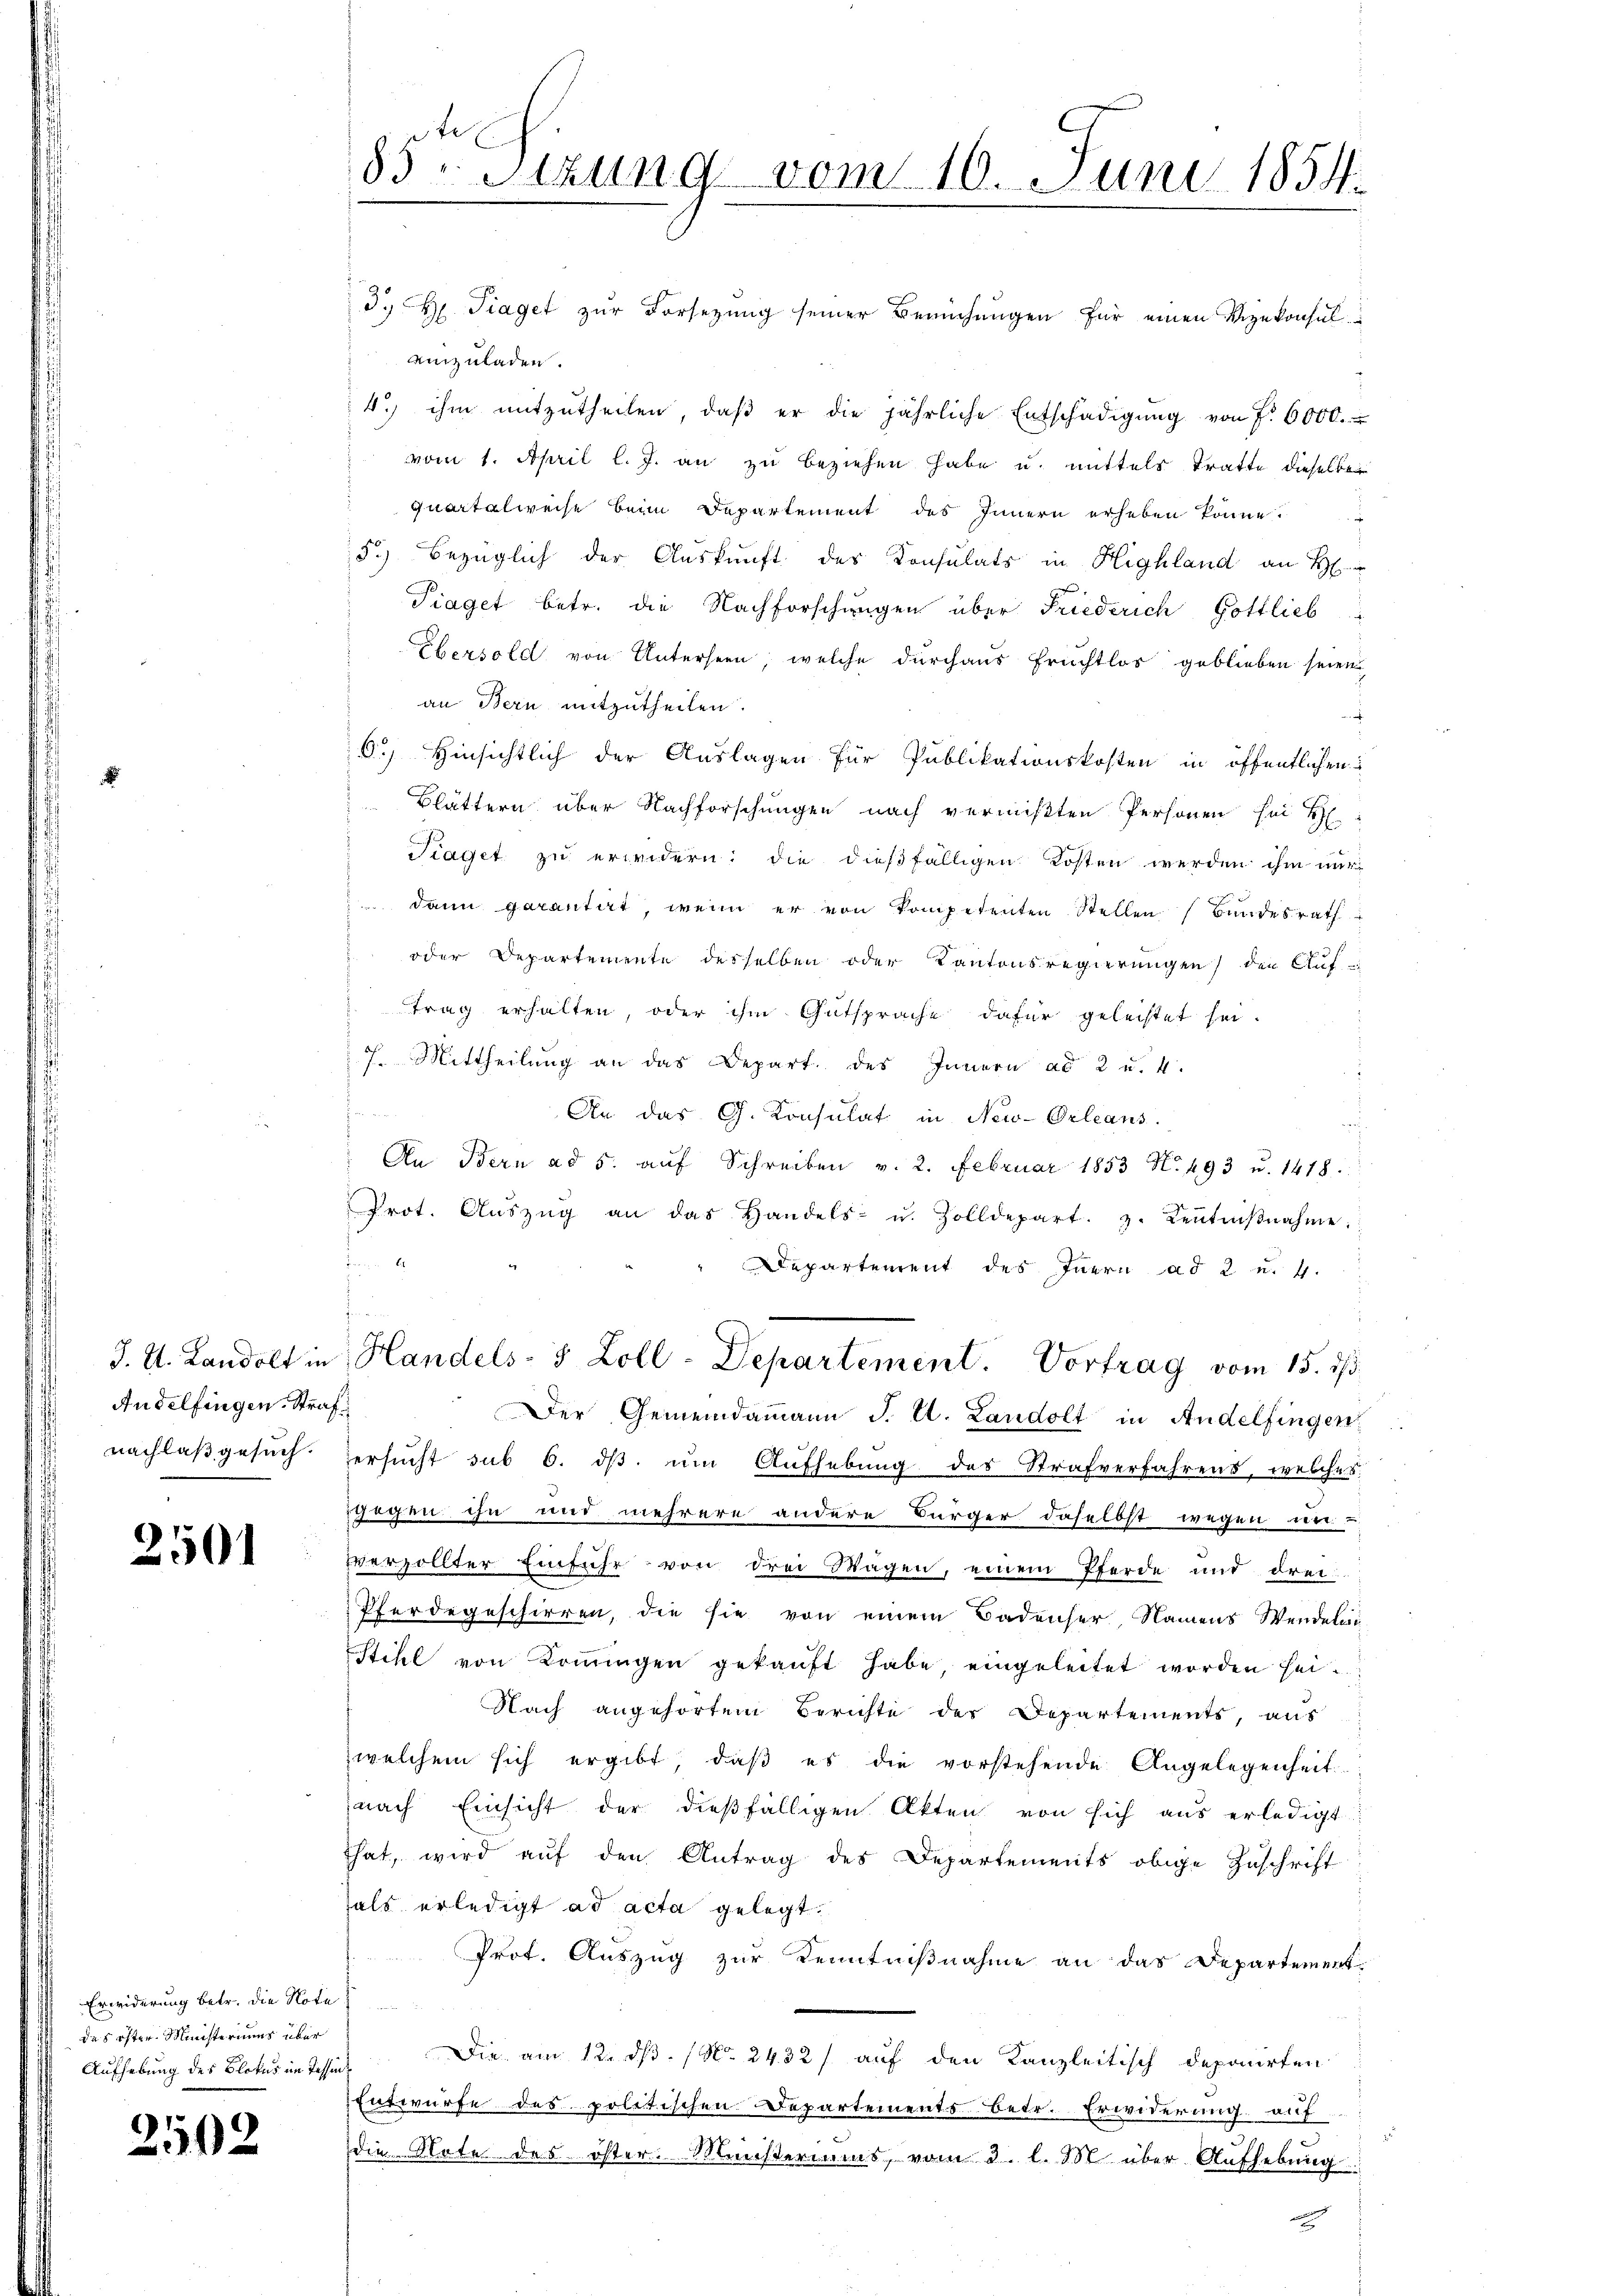
Andelfingen, Straf

2501

Erwiderung betr. die Note:
das öster Ministeriums über

2502

d. H. Traget zur Vorsezung seiner Bemühungen für einen Vizekonsul
einzuladen.
4. ihm mitzŭtheilen, daβ er die jährliche Entschädigŭng von f. 6000.
vom 1. April l. J. an zu beziehen habe u. mittels Tratte dieselbe
quartalweise beim Departement des Innern erheben könne.
5.) Bezüglich der Auskunft des Konsulats in Highland an H
Piaget betr. die Nachforschungen über Friederich Gottlieb
Ebersold von Unterseen, welche durchaus Fruchtlos geblieben seien,
an Bern mitzutheilen.
6.) Hinsichtlich der Auslagen für Publikationskosten in öffentlichen
Blättern über Nachforschungen nach vermißten Personen sei H
Fiaget zu erwidern; die dießfälligen Kosten werden ihm nur
 dann garantirt, wenn er von kompetenten Stellen (Bundesrath
oder Departemente desselben oder Kantonsregierungen der Auf
trag erhalten, oder ihm Gutsprache dafür geleistet sei.
7. Mittheilung an das Depart des Innern ad 2 u. 4.

An das G. Konsulat in New-Orleans
An Bern ad 5. aŭf Schreiben v. 2. Februar 1853 No 493 u. 1418.
Prot. Aŭszŭg an das Handels- u. Zolldepart. z. Keṅtniβnahme:

Departement des Innern ad 2 u. 4.
f
J. A. Landolt in Handels- & Zoll-Departement. Vortrag vom 15. ds.
Der Gemeindammann J. C. Landolt in Andelfingen,
nachlaβgesŭch ersŭcht sub 6. dβ. ŭm Aŭfhebŭng des Strafverfahrens, welches
gegen ihn und mehrere andere Bürger daselbst wegen un-
verzollter Einfuhr von drei Wagen, einem Pferde und drei
Pferdegeschirren, die sie von einem Badenser Namens Wendeln
Still von Kommungen gekaŭft habe, eingeleitet worden hei¬
Nach angehörtem Berichte der Departements, aus
zwelchem sich ergibt, daβ es die vorstehende Angelegenheit
nach Einsicht der dießfälligen Akten von sich aus erledigt:
that, wird auf den Antrag des Departements obige Zuschrift
hals erledigt ad acta gelegt.
Prot. Auszug zur Kenntnißnahme an das Departement-
Aufhebung des Blotus in Tessin, Die am 12. dß. (N. 2432) auf den Kanzleitisch deponirten
Entwurfe des politischen Departements betr. Erwiderung auf

die Note des öster. Ministeriums, vom 3. l. M. über Aufhebung

85. Sitzung vom 10. Juni 1854.